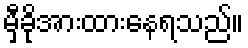
မှီခိုအားထားနေရသည်။